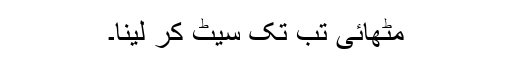
مٹھائی تب تک سیٹ کر لینا۔